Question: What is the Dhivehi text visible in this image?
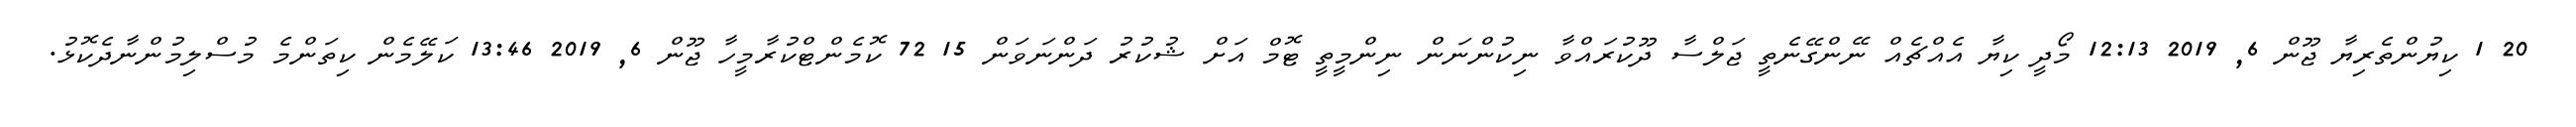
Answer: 20 1 ކިޔުންތެރިޔާ ޖޫން 6, 2019 12:13 މޯދީ ކިޔާ އެއްޗެއް ނޭންގޭނެތީ ޖަލްސާ ދޫކުރައްވާ ނިކުންނަން ނިންމީތީ ޓޮމް އަށް ޝުކުރު ދަންނަވަން 15 72 ކޮމެންޓްކުރާމީހާ ޖޫން 6, 2019 13:46 ކަލޭމެން ކިތަންމެ މުސްލިމުންނާދެކޮޅު.